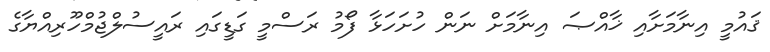
ޤައުމީ އިނާމަށާއި ޚާއްޞަ އިނާމަށް ނަން ހުށަހަޅާ ފޯމު ރަސްމީ ގަޑީގައި ރައީސުލްޖުމްހޫރިއްޔާގެ